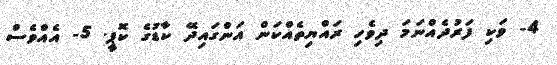
4- ވަކި ފަރުދެއްނަމަ ދިވެހި ރައްޔިތެއްކަން އަންގައިދޭ ކާޑުގެ ކޮޕީ. 5- އެއްވެސް